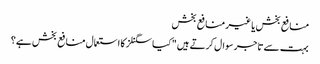
منافع بخش یا غیر منافع بخش
بہت سے تاجر سوال کرتے ہیں "کیا سگنلز کا استعمال منافع بخش ہے؟